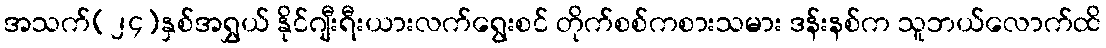
အသက်(၂၄)နှစ်အရွှယ် နိုင်ဂျီးရီးယားလက်ရွေးစင် တိုက်စစ်ကစားသမား ဒန်းနစ်က သူဘယ်လောက်ထိ